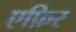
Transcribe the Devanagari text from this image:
एफ़िर